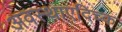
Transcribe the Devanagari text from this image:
अवस्थाएदिच्क